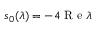
s _ { 0 } ( \lambda ) = - 4 \mathrm { ~ R ~ e ~ } \lambda